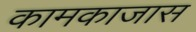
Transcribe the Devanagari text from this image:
कामकाजास